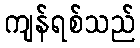
ကျန်ရစ်သည်